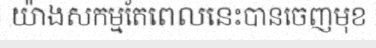
យ៉ាងសកម្មតែពេលនេះបានចេញមុខ